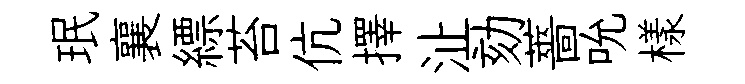
珉襄縹苔伉擇沚劾薔吮樣